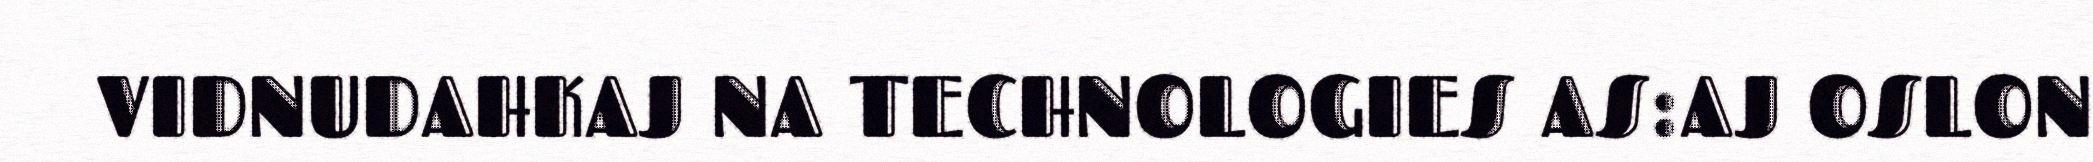
VIDNUDAHKAJ NA TECHNOLOGIES AS:AJ OSLON